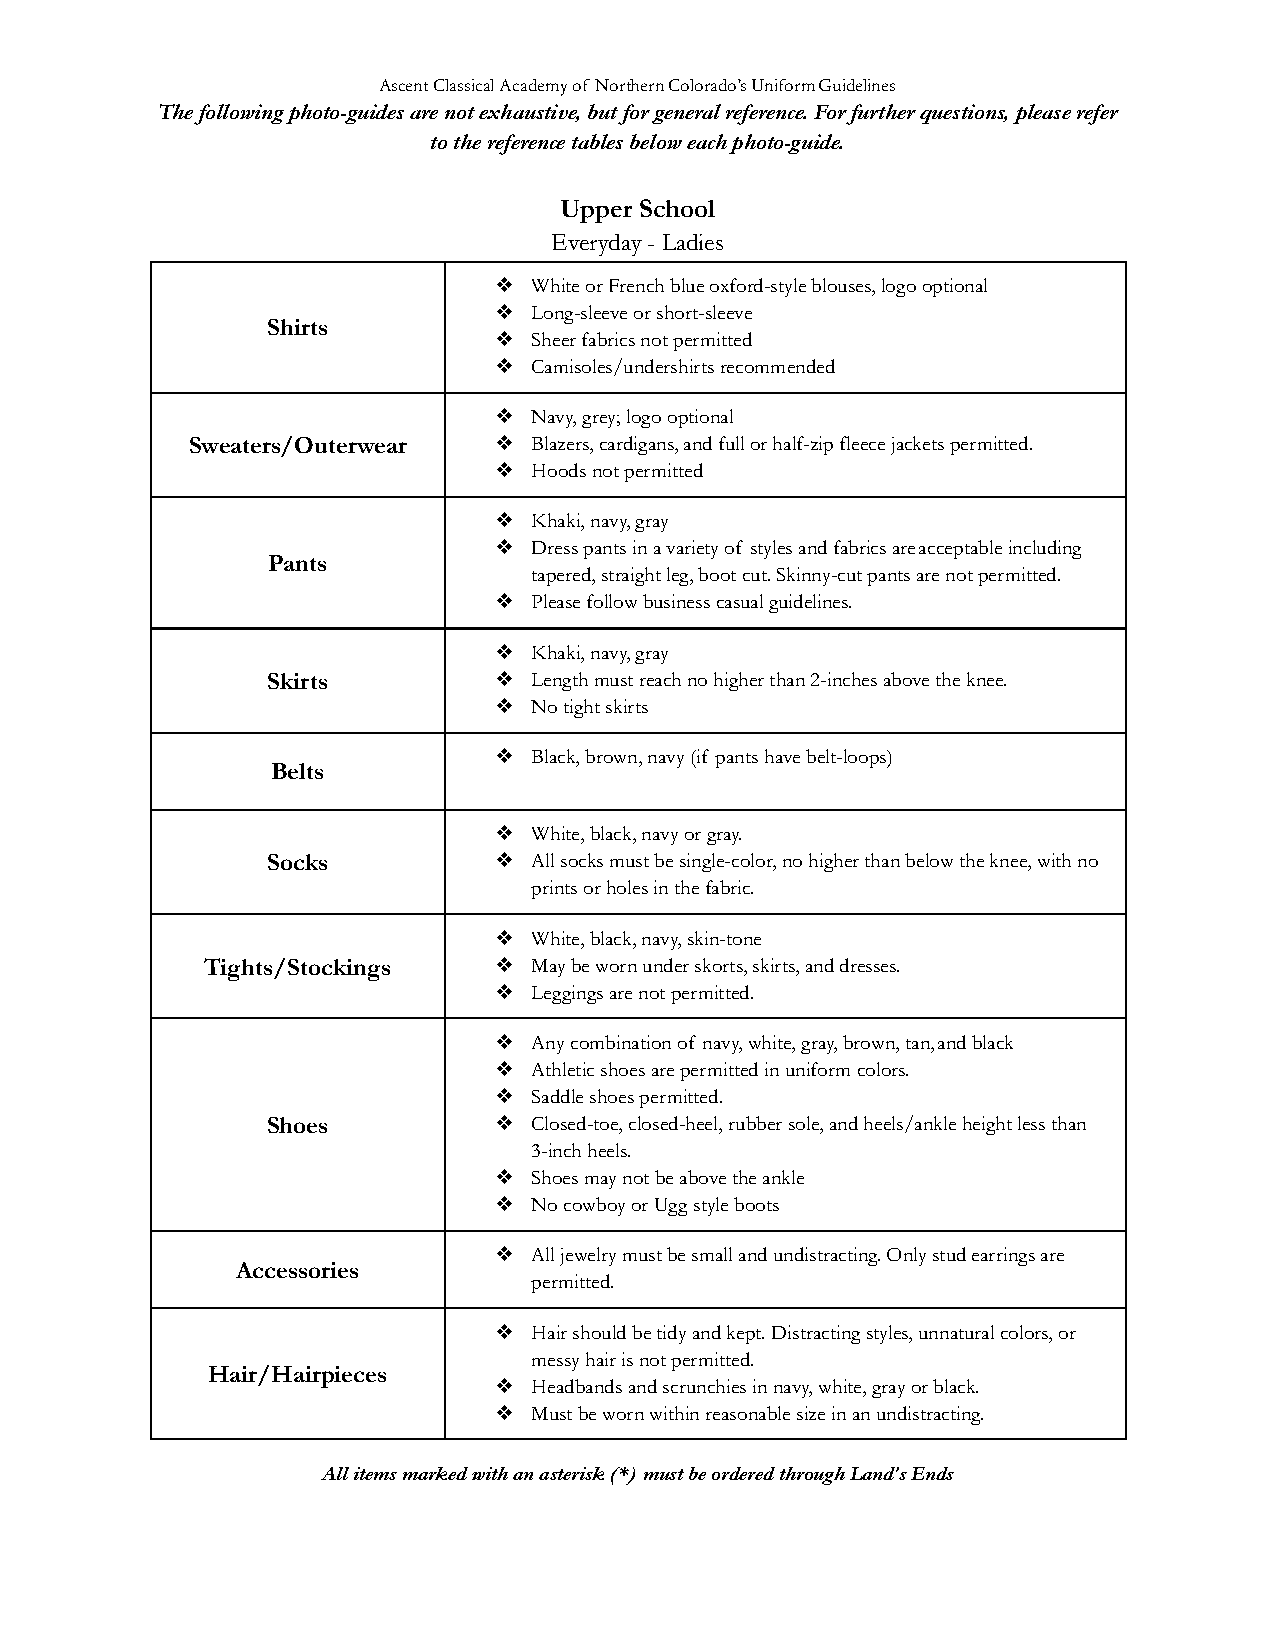
Ascent Classical Academy of Northern Colorado’s UniformGuidelines
 The following photo-guides are not exhaustive, butfor general reference. For further questions, pleaserefer
 to the reference tables below each photo-guide.
 Upper School
 Everyday - Ladies
 ❖ White or French blue oxford-style blouses, logo optional
 ❖ Long-sleeve or short-sleeve
 Shirts
 ❖ Sheer fabrics not permitted
 ❖ Camisoles/undershirts recommended
 ❖ Navy, grey; logo optional
 Sweaters/Outerwear   ❖ Blazers, cardigans, and full or half-zip fleece jacketspermitted.
 ❖ Hoods not permitted
 ❖ Khaki, navy, gray
 ❖ Dress pants in a variety of styles and fabrics areacceptable including
 Pants
 tapered, straight leg, boot cut. Skinny-cut pantsare not permitted.
 ❖ Please follow business casual guidelines.
 ❖ Khaki, navy, gray
 Skirts         ❖ Length must reach no higher than 2-inches above theknee.
 ❖ No tight skirts
 ❖ Black, brown, navy (if pants have belt-loops)
 Belts
 ❖ White, black, navy or gray.
 Socks          ❖ All socks must be single-color, no higher than belowthe knee, with no
 prints or holes in the fabric.
 ❖ White, black, navy, skin-tone
 Tights/Stockings   ❖ May be worn under skorts, skirts, and dresses.
 ❖ Leggings are not permitted.
 ❖ Any combination of navy, white, gray, brown, tan,and black
 ❖ Athletic shoes are permitted in uniform colors.
 ❖ Saddle shoes permitted.
 Shoes          ❖ Closed-toe, closed-heel, rubber sole, and heels/ankleheight less than
 3-inch heels.
 ❖ Shoes may not be above the ankle
 ❖ No cowboy or Ugg style boots
 ❖ All jewelry must be small and undistracting. Onlystud earrings are
 Accessories
 permitted.
 ❖ Hair should be tidy and kept. Distracting styles,unnatural colors, or
 messy hair is not permitted.
 Hair/Hairpieces
 ❖ Headbands and scrunchies in navy, white, gray or black.
 ❖ Must be worn within reasonable size in an undistracting.
 All items marked with an asterisk (*) must be orderedthrough Land’s Ends